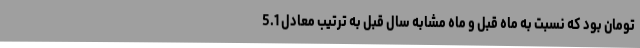
تومان بود که نسبت به ماه قبل و ماه مشابه سال قبل به ترتیب معادل 5.1